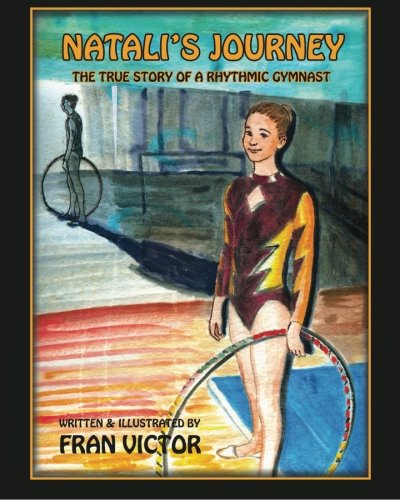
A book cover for Natali's Journey, The True Story of a Rhythmic Gymnast; Fran Victor; Children's Books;